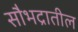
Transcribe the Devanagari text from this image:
सौभद्रातील